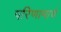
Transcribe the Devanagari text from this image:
परिणामाचे